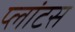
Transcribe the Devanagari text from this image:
प्लांटस